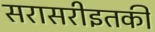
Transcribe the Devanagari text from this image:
सरासरीइतकी